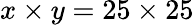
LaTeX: x\times y=25\times 25